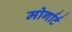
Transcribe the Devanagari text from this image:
मोर्गार्ट